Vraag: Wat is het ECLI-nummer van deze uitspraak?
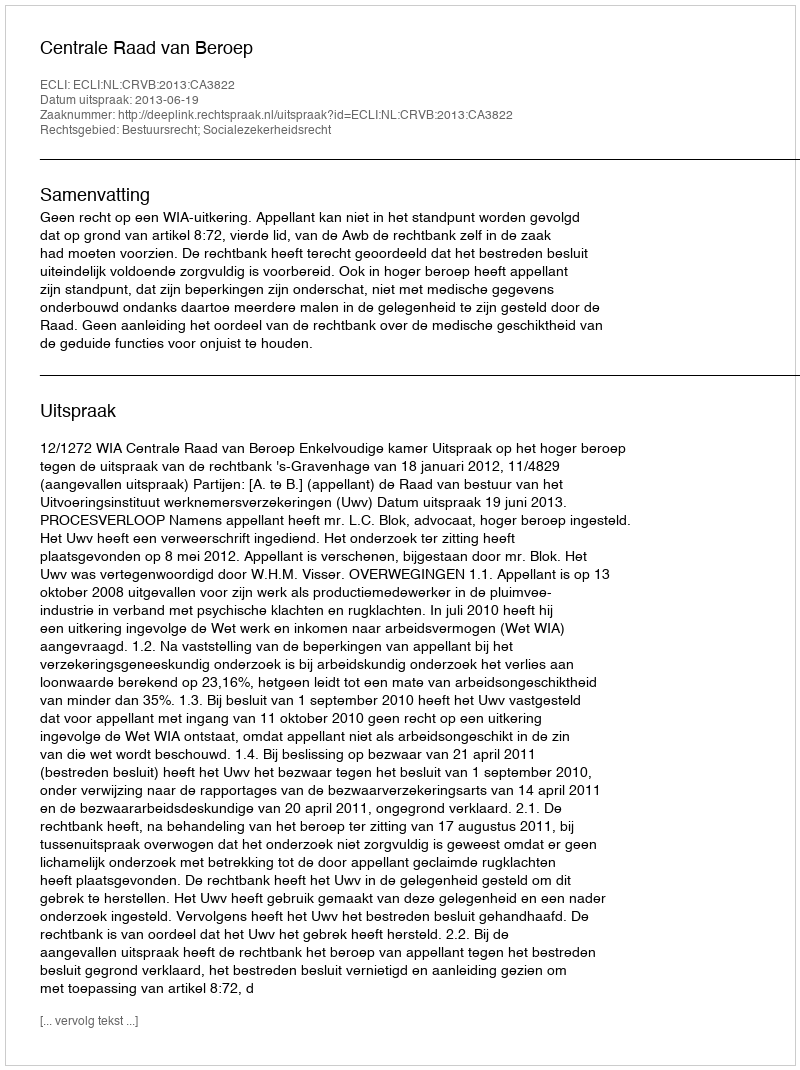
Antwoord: ECLI:NL:CRVB:2013:CA3822